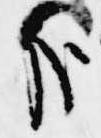
哉